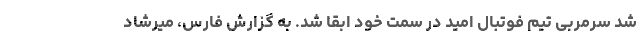
شد سرمربی تیم فوتبال امید در سمت خود ابقا شد. به گزارش فارس، میرشاد